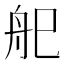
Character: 𱼶